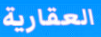
العقارية